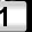
Digit: 1